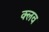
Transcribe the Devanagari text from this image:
क्‍लव